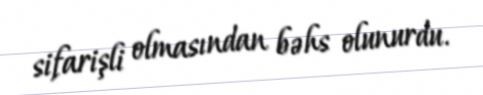
sifarişli olmasından bəhs olunurdu.